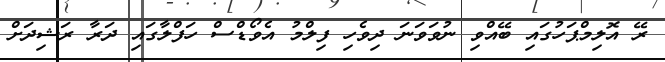
ރޭ އޮލިމްޕަހުގައި ބޭއްވި ނުވަވަނަ ދިވެހި ފިލްމު އެވޯޑްސް ހަފްލާގައި ދަރާ ރަޝިދަށް